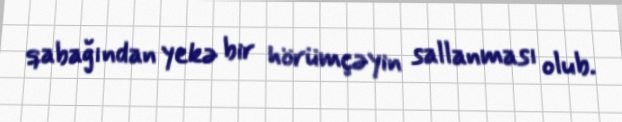
qabağından yekə bir hörümçəyin sallanması olub.